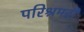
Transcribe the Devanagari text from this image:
परिश्रमही